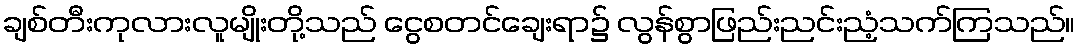
ချစ်တီးကုလားလူမျိုးတို့သည် ငွေစတင်ချေးရာ၌ လွန်စွာဖြည်းညင်းညံ့သက်ကြသည်။